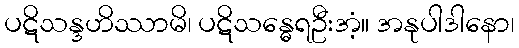
ပဋိသန္ဒဟိဿာမိ၊ ပဋိသန္ဓေရဦးအံ့။ အနုပါဒါနော၊